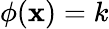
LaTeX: \phi(\mathbf{x})=k